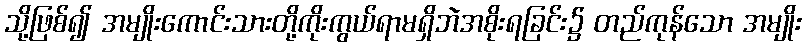
သို့ဖြစ်၍ အမျိုးကောင်းသားတို့ကိုးကွယ်ရာမရှိဘဲအစိုးရခြင်း၌ တည်ကုန်သော အမျိုး